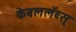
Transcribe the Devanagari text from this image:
केबललॅब्स्